Indian journal of veterinary science and animal husbandry - Volumes 24-25, 1954-1955
Year: 1954
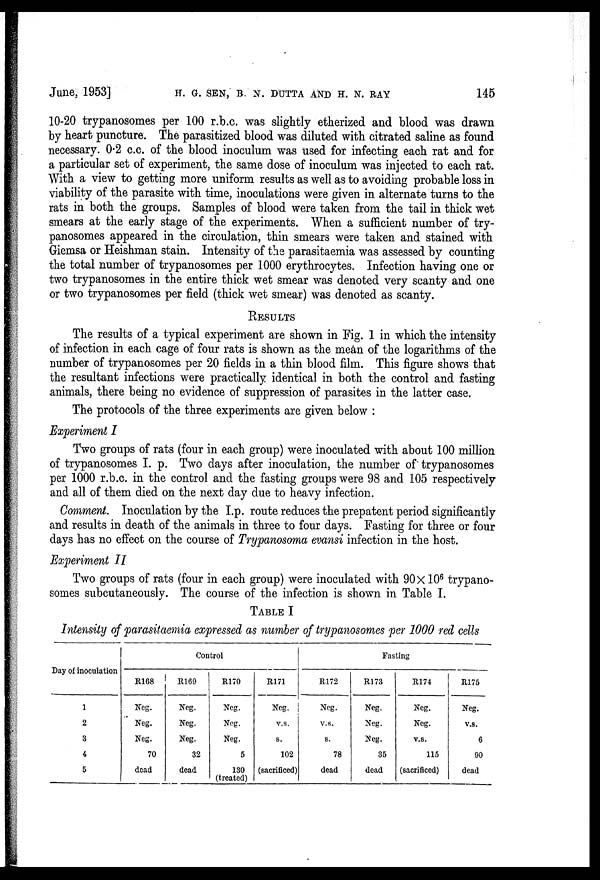
June, 1953] H. G. SEN, B. N. DUTTA AND H. N. RAY 145
10-20 trypanosomes per 100 r.b.c. was slightly etherized and blood was drawn
by heart puncture. The parasitized blood was diluted with citrated saline as found
necessary. 0.2 c.c. of the blood inoculum was used for infecting each rat and for
a particular set of experiment, the same dose of inoculum was injected to each rat.
With a view to getting more uniform results as well as to avoiding probable loss in
viability of the parasite with time, inoculations were given in alternate turns to the
rats in both the groups. Samples of blood were taken from the tail in thick wet
smears at the early stage of the experiments. When a sufficient number of try-
panosomes appeared in the circulation, thin smears were taken and stained with
Giemsa or Heishman stain. Intensity of the parasitaemia was assessed by counting
the total number of trypanosomes per 1000 erythrocytes. Infection having one or
two trypanosomes in the entire thick wet smear was denoted very scanty and one
or two trypanosomes per field (thick wet smear) was denoted as scanty.
RESULTS
The results of a typical experiment are shown in Fig. 1 in which the intensity
of infection in each cage of four rats is shown as the mean of the logarithms of the
number of trypanosomes per 20 fields in a thin blood film. This figure shows that
the resultant infections were practically identical in both the control and fasting
animals, there being no evidence of suppression of parasites in the latter case.
The protocols of the three experiments are given below :
Experiment I
Two groups of rats (four in each group) were inoculated with about 100 million
of trypanosomes I. p. Two days after inoculation, the number of trypanosomes
per 1000 r.b.c. in the control and the fasting groups were 98 and 105 respectively
and all of them died on the next day due to heavy infection.
Comment. Inoculation by the I.p. route reduces the prepatent period significantly
and results in death of the animals in three to four days. Fasting for three or four
days has no effect on the course of Trypanosoma evansi infection in the host.
Experiment II
Two groups of rats (four in each group) were inoculated with 90X10 6 trypano-
somes subcutaneously. The course of the infection is shown in Table I.
TABLE I
Intensity of parasitaemia expressed as number of trypanosomes per 1000 red cells
Day of inoculation
1
2
3
4
5
Control
R168
Neg.
Neg.
Neg.
70
dead
R169
Neg.
Neg.
Neg.
32
dead
R170
Neg.
Neg.
Neg.
5
130
(treated)
R171
Neg.
V.S.
S.
102
(sacrificed)
Fasting
R172
Neg.
V.S.
S.
78
dead
R173
Neg.
Neg.
Neg.
35
dead
R174
Neg.
Neg.
V.S.
115
(sacrificed)
R175
Neg.
V.S.
6
90
dead